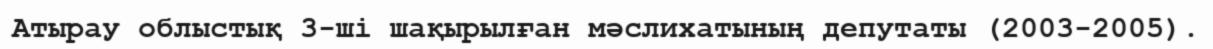
Атырау облыстық 3-ші шақырылған мәслихатының депутаты (2003-2005).